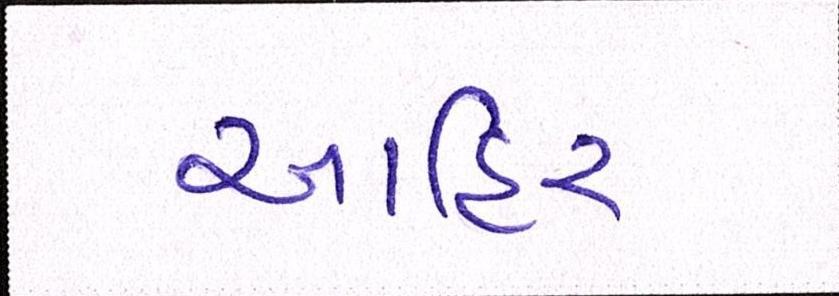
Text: આહિર